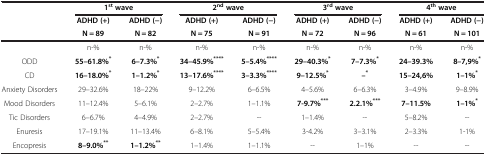
| <ROWSPAN=2>  | <COLSPAN=2> 1st wave | <COLSPAN=2> 2nd wave | <COLSPAN=2> 3rd wave | <COLSPAN=2> 4th wave |
 | ADHD (+) | ADHD (−) | ADHD (+) | ADHD (−) | ADHD (+) | ADHD (−) | ADHD (+) | ADHD (−) |
 |  | N = 89 | N = 82 | N = 75 | N = 91 | N = 72 | N = 96 | N = 61 | N = 101 |
 | --- | --- | --- | --- | --- | --- | --- | --- | --- |
 |  | n-% | n-% | n-% | n-% | n-% | n-% | n-% | n-% |
 | ODD | 55–61.8%* | 6–7.3%* | 34–45.9%**** | 5–5.4%**** | 29–40.3%* | 7–7.3%* | 24–39.3% | 8–7,9%* |
 | CD | 16–18.0%* | 1–1.2%* | 13–17.6%**** | 3–3.3%**** | 9–12.5%* | --* | 15–24,6% | 1–1%* |
 | Anxiety Disorders | 29–32.6% | 18–22% | 9–12.2% | 6–6.5% | 4–5.6% | 6–6.3% | 3–4.9% | 9–8.9% |
 | Mood Disorders | 11–12.4% | 5–6.1% | 2–2.7% | 1–1.1% | 7-9.7%*** | 2.2.1%*** | 7–11.5% | 1–1%* |
 | Tic Disorders | 6–6.7% | 4–4.9% | 2–2.7% | -- | 1–1.4% | -- | 5–8.2% | -- |
 | Enuresis | 17–19.1% | 11–13.4% | 6–8.1% | 5–5.4% | 3-4.2% | 3–3.1% | 2–3.3% | 1-1% |
 | Encopresis | 8–9.0%** | 1–1.2%** | 1–1.4% | 1–1.1% | -- | 1–1% | -- | -- |